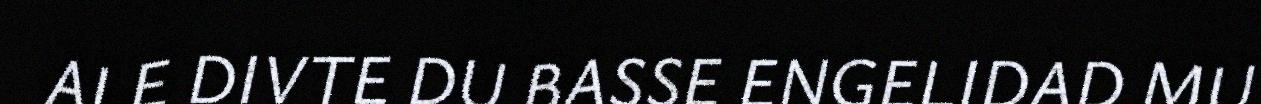
ALE DIVTE DU BASSE ENGELIDAD MU